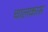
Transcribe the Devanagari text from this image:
चालकास